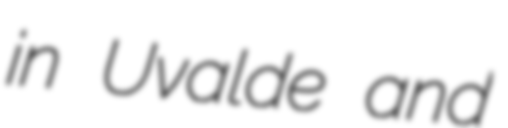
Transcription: in Uvalde and